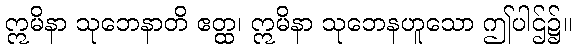
ဣမိနာ သုဘေနာတိ ဧတ္ထ၊ ဣမိနာ သုဘေနဟူသော ဤပါဌ်၌။